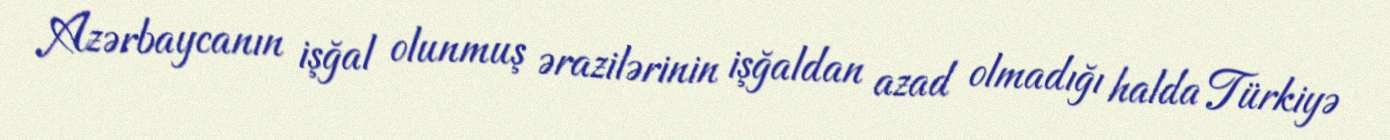
Azərbaycanın işğal olunmuş ərazilərinin işğaldan azad olmadığı halda Türkiyə